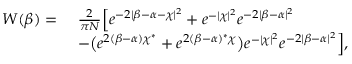
\begin{array} { r l } { W ( \beta ) = \ } & { \frac { 2 } { \pi N } \Big [ e ^ { - 2 \lvert \beta - \alpha - \chi \rvert ^ { 2 } } + e ^ { - \lvert \chi \rvert ^ { 2 } } e ^ { - 2 \lvert \beta - \alpha \rvert ^ { 2 } } } \\ & { - \big ( e ^ { 2 ( \beta - \alpha ) \chi ^ { * } } + e ^ { 2 ( \beta - \alpha ) ^ { * } \chi } \big ) e ^ { - \lvert \chi \rvert ^ { 2 } } e ^ { - 2 \lvert \beta - \alpha \rvert ^ { 2 } } \Big ] , } \end{array}